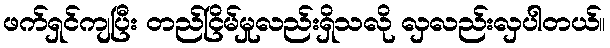
ဖက်ရှင်ကျပြီး တည်ငြိမ်မှုလည်းရှိသလို လှလည်းလှပါတယ်။